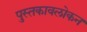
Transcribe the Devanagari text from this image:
पुस्तकावलोकन